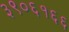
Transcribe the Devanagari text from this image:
३९०६१६६